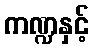
ကဏ္ဍနှင့်